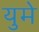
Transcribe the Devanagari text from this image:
युमे